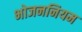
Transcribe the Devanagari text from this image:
भोजननियम